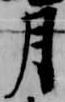
月